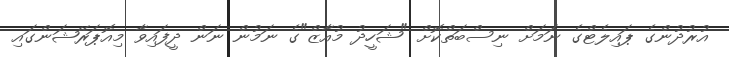
އުރުދުންގެ ޕައިލެޓްގެ ނަމަށް ނިސްބަތްކޮށް "ޝަހީދު މުއާޒް"ގެ ނަމުން ނަން ދީފައިވާ މިއޮޕަރޭޝަންގައި